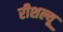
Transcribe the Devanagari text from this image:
रीशल्यू